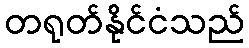
တရုတ်နိုင်ငံသည်